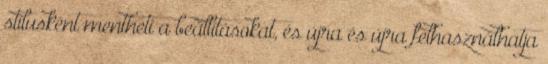
stílusként mentheti a beállításokat, és újra és újra felhasználhatja